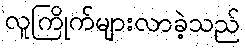
လူကြိုက်များလာခဲ့သည်